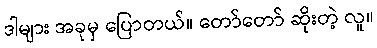
ဒါများ အခုမှ ပြောတယ်။ တော်တော် ဆိုးတဲ့ လူ။